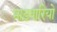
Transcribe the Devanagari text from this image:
माड़वारियो